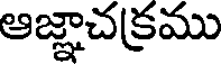
ఆజ్ఞాచక్రము